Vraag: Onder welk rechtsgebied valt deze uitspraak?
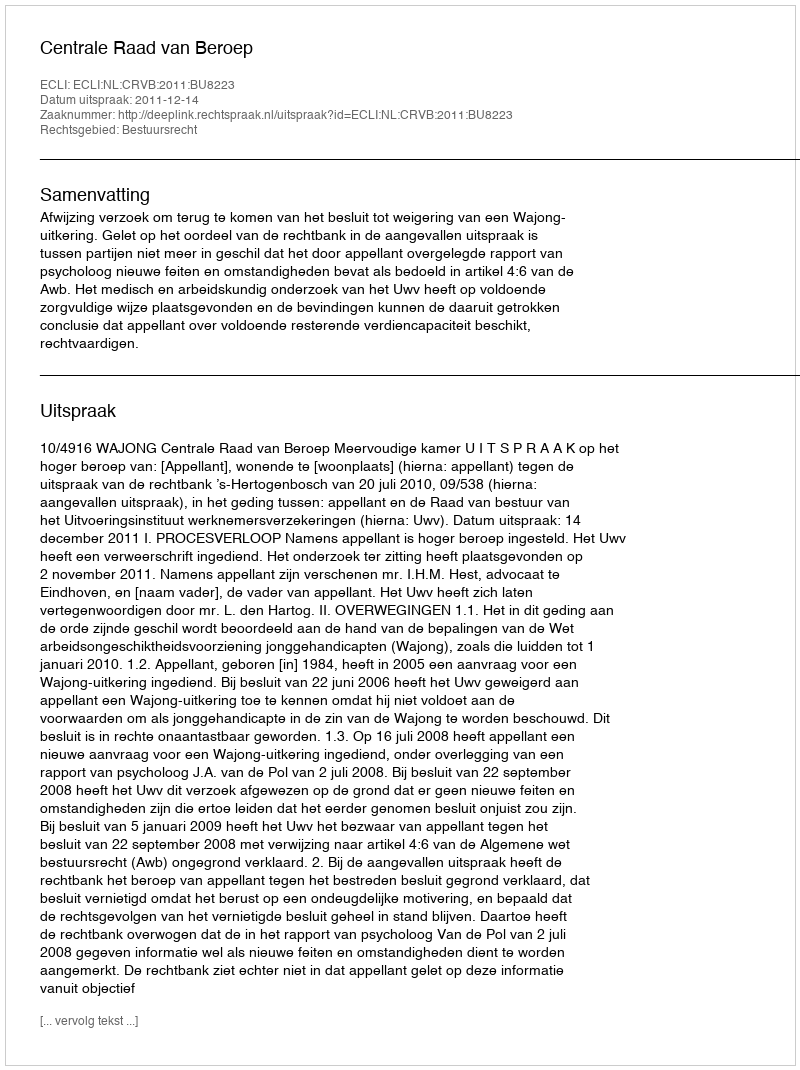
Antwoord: Bestuursrecht